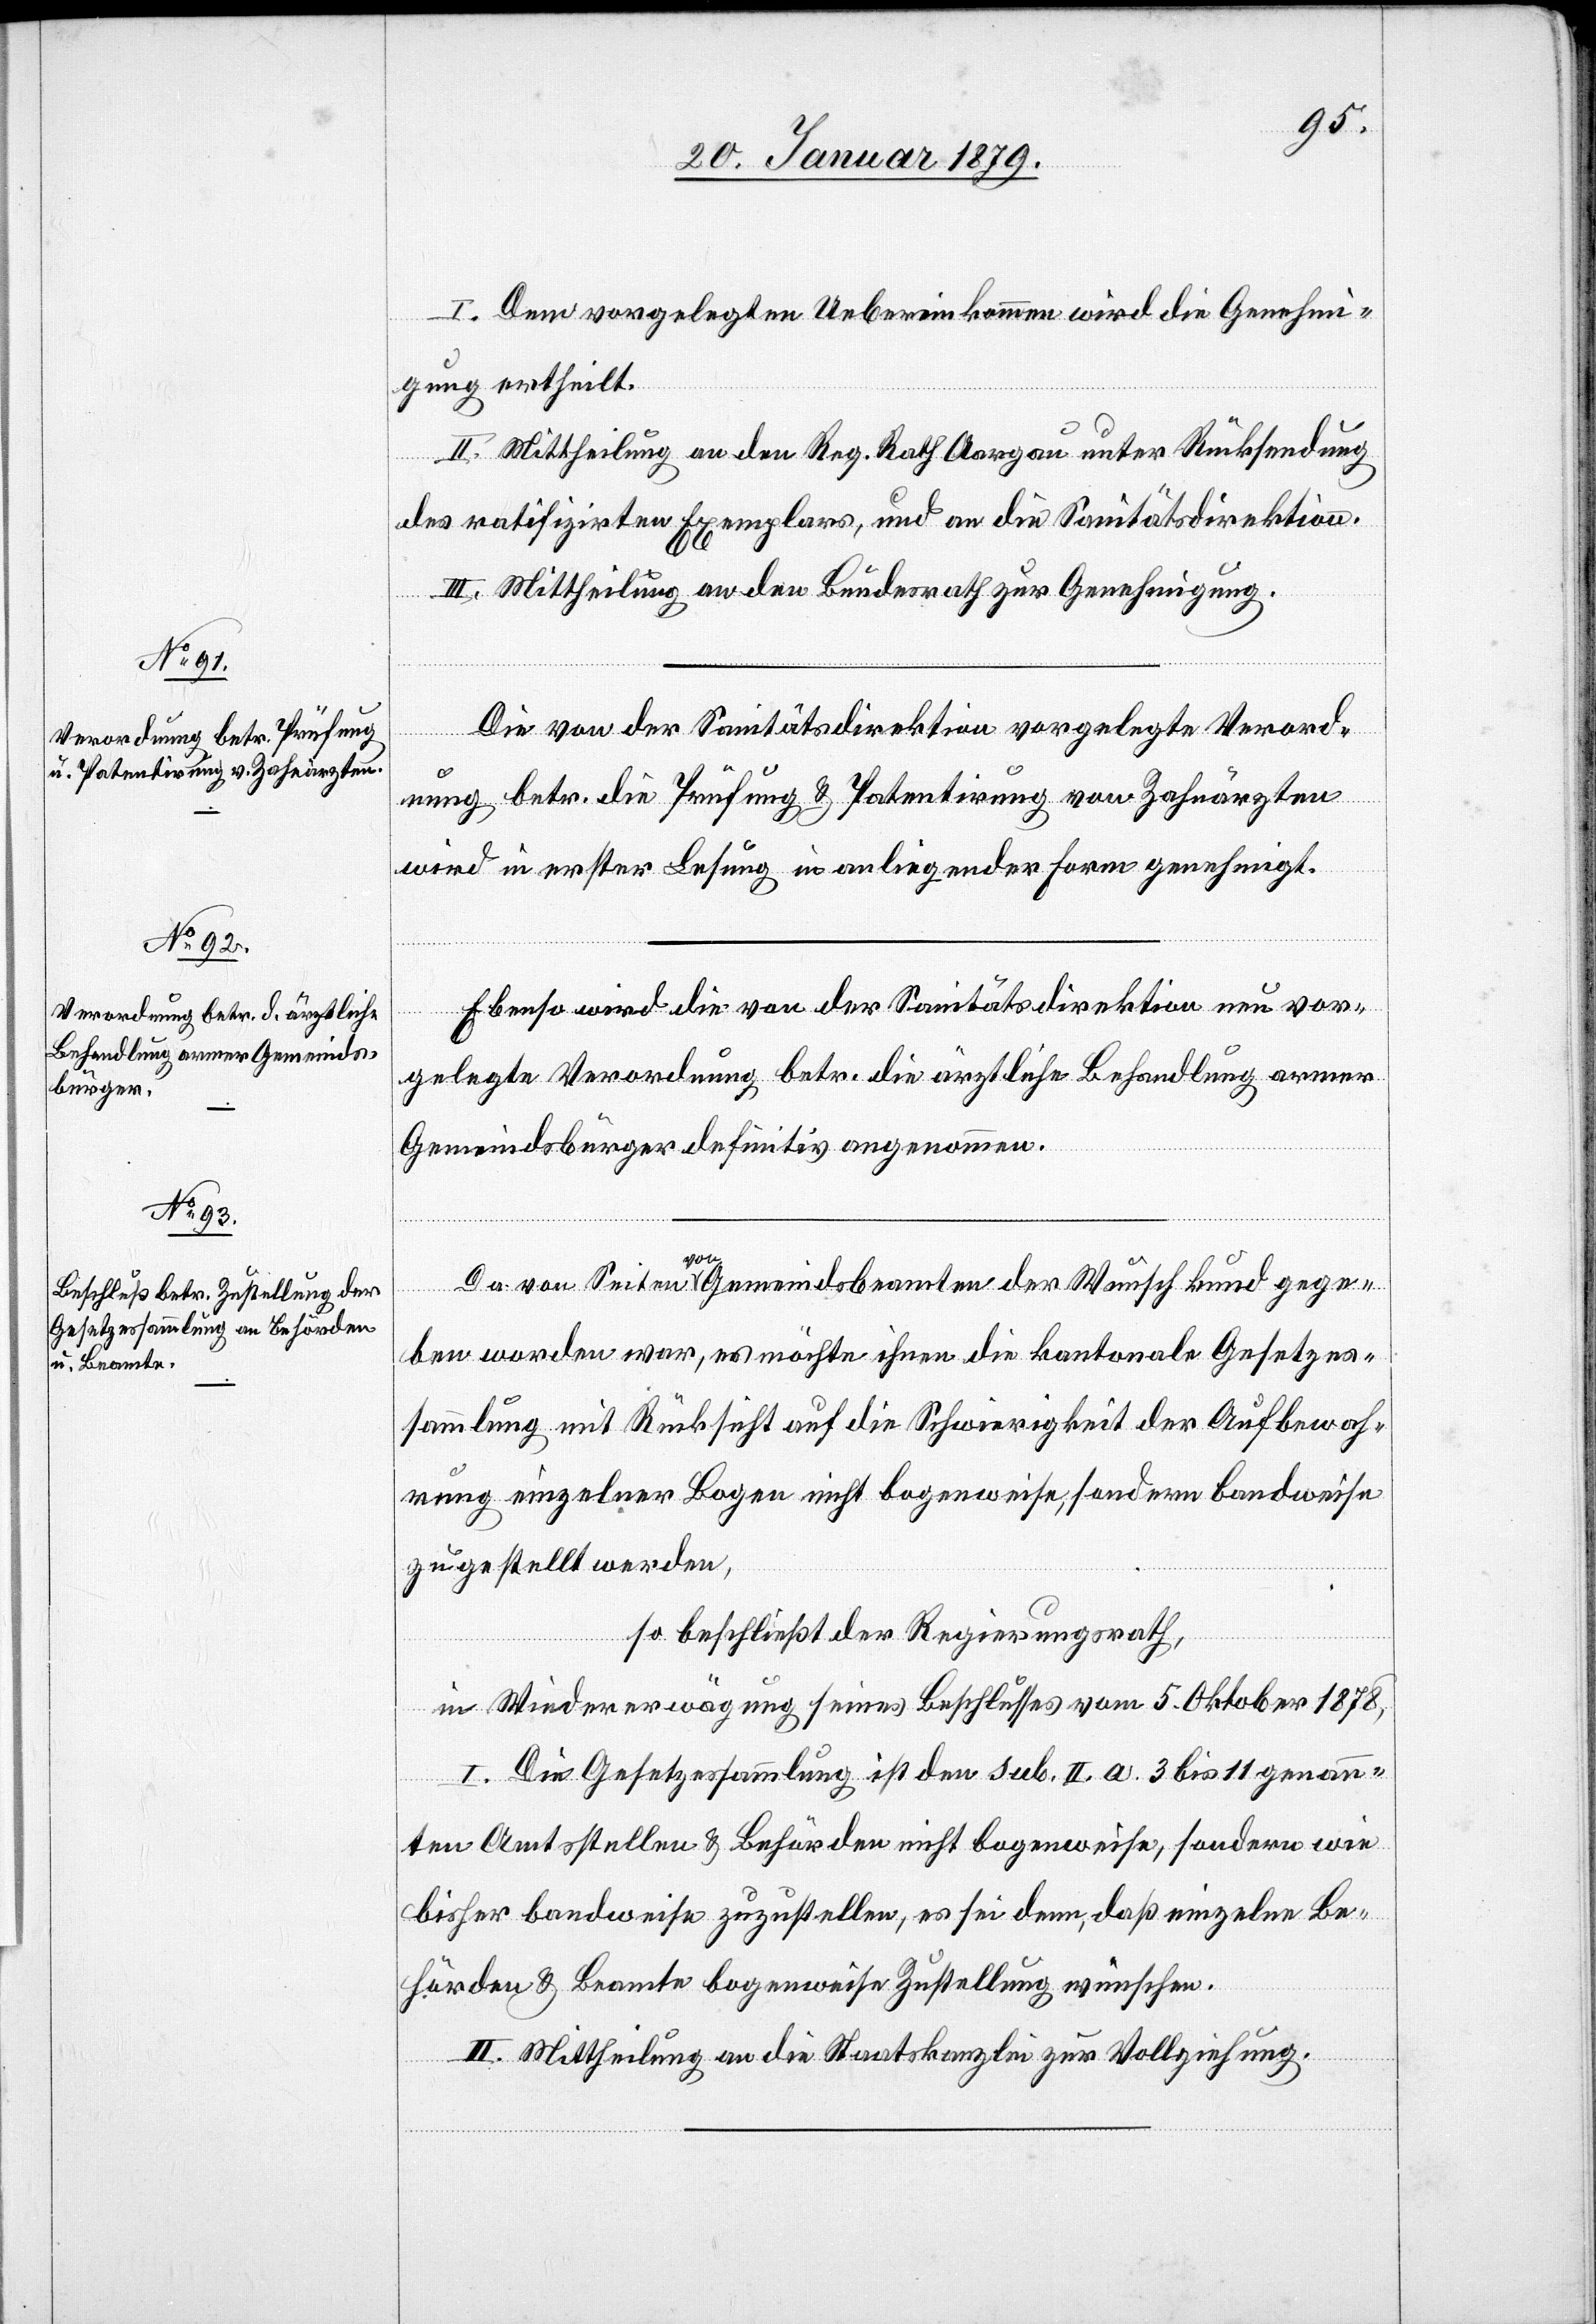
I. Dem vorgelegten Uebereinkommen wird die Genehmi¬
gung ertheilt.
II. Mittheilung an den Reg. Rath Aargau unter Rücksendung
des ratifizirten Exemplars, und an die Sanitätsdirektion.
III. Mittheilung an den Bundesrath zur Genehmigung.
Die von der Sanitätsdirektion vorgelegte Verord¬
nung betr. die Prüfung & Patentirung von Zahnärzten
wird in erster Lesung in anliegender Form genehmigt.
Ebenso wird die von der Sanitätsdirektion neu vor¬
gelegte Verordnung betr. die ärztliche Behandlung armer
Gemeindsbürger definitiv angenommen.
Da von Seiten a-von-a Gemeindsbeamten der Wunsch kund gege¬
ben worden war, es möchte ihnen die kantonale Gesetzes¬
sammlung mit Rücksicht auf die Schwierigkeit der Aufbewah¬
rung einzelner Bogen nicht bogenweise, sondern bandweise
zugestellt werden,
so beschließt der Regierungsrath,
in Wiedererwägung seines Beschlusses vom 5. Oktober 1878,
I. Die Gesetzessammlung ist den sub. II. a. 3 bis 11 genann¬
ten Amtsstellen & Behörden nicht bogenweise, sondern wie
bisher bandweise zuzustellen, es sei denn, daß einzelne Be¬
hörden & Beamte bogenweise Zustellung wünschen.
II. Mittheilung an die Staatskanzlei zur Vollziehung.